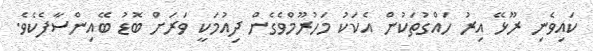
ކައިވެނި ރޫޅޭ އިރު ހައްގުތަކުން އެކަކު މަހުރޫމްވެގެން ދިއުމަކީ ވަރަށް ބޮޑު ބޭއިންސާފެކެވެ.